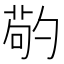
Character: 𠣷